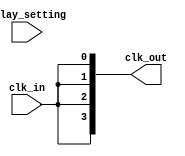
module ClockTreeBuffer #(
    parameter NUM_OUTPUTS = 4,        // Number of outputs
    parameter DELAY_WIDTH = 3          // Width for programmable delay
)(
    input wire clk_in,                  // Input clock signal
    input wire [(DELAY_WIDTH-1):0] delay_setting, // Programmable delay setting
    output wire [NUM_OUTPUTS-1:0] clk_out // Distributed clock outputs
);

    // Internal signals
    wire clk_buffered;
    wire [NUM_OUTPUTS-1:0] clk_delayed;

    // Hierarchical buffering: First stage buffer
    generate
        genvar i;
        for (i = 0; i < NUM_OUTPUTS; i = i + 1) begin : buffer_stage
            // Buffering stage (simple inverter as an example)
            if (i == 0) begin
                assign clk_buffered = clk_in; // First buffer directly connected to input
            end else begin
                assign clk_buffered = ~clk_buffered; // Simple inverter chain
            end
        end
    endgenerate

    // Programmable delay stage
    generate
        for (i = 0; i < NUM_OUTPUTS; i = i + 1) begin : delay_stage
            // Simple delay implementation (using a case statement for example)
            always @(*) begin
                case (delay_setting)
                    3'b000: clk_delayed[i] = clk_buffered; // No delay
                    3'b001: clk_delayed[i] = #1 clk_buffered; // 1 time unit delay
                    3'b010: clk_delayed[i] = #2 clk_buffered; // 2 time units delay
                    3'b011: clk_delayed[i] = #3 clk_buffered; // 3 time units delay
                    3'b100: clk_delayed[i] = #4 clk_buffered; // 4 time units delay
                    default: clk_delayed[i] = clk_buffered; // Default case
                endcase
            end
        end
    endgenerate

    // Output assignment
    assign clk_out = clk_delayed;

endmodule